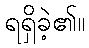
ရရှိခဲ့၏။